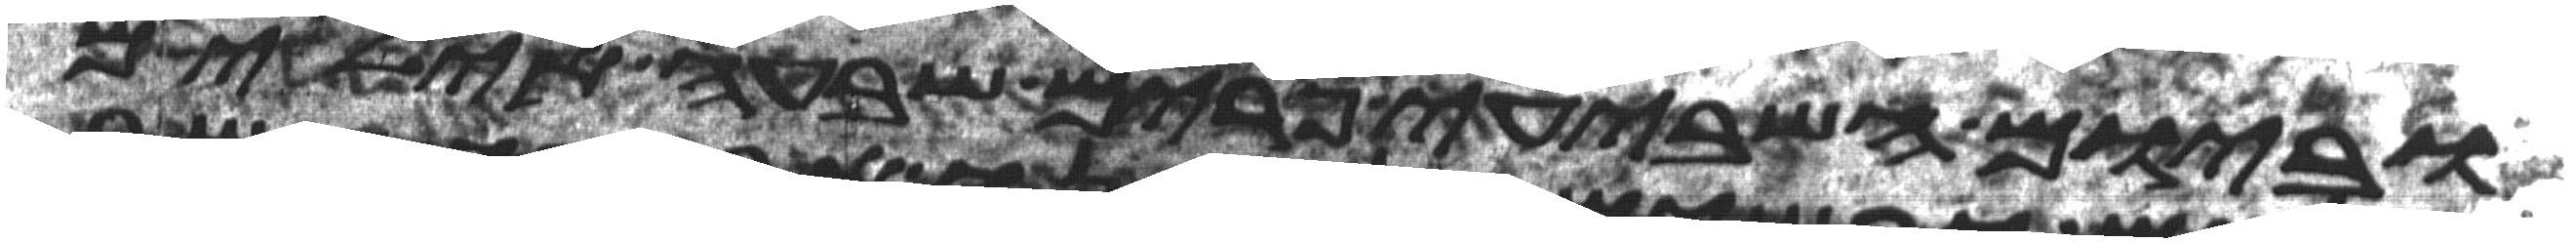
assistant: וביום השביעי פרים שבעה אילים